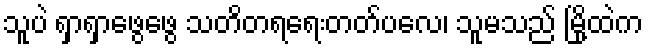
သူပဲ ရှာရှာဖွေဖွေ သတိတရရေးတတ်ပလေ၊ သူမသည် မြို့ထဲက